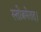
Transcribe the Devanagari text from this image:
स्तोत्रमेतत्।